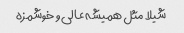
شیلا مثل همیشه عالی و خوشمزه